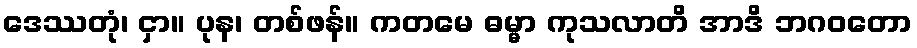
ဒေဿတုံ၊ ငှာ။ ပုန၊ တစ်ဖန်။ ကတမေ ဓမ္မာ ကုသလာတိ အာဒိ ဘဂဝတော